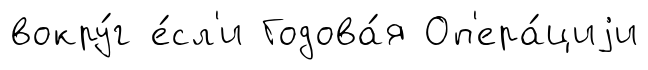
вокру́г е́сл'и Годова́я Оп'ера́циjи